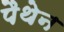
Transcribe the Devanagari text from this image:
पैथेन